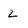
Character: Z